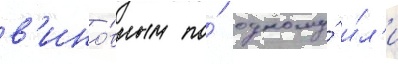
в'ино́вным по́ одному́ и́л'и